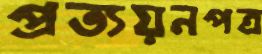
প্রত্যয়নপত্র